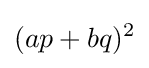
(ap+bq)^{2}